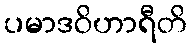
ပမာဒဝိဟာရီတိ